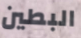
البطين